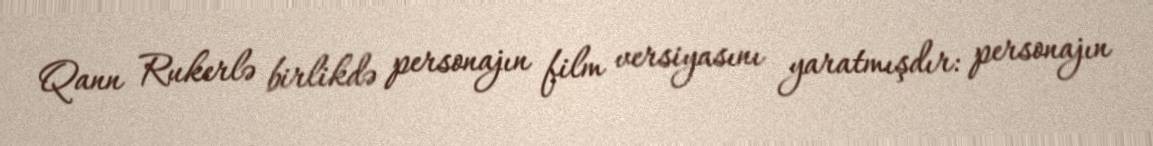
Qann Rukerlə birlikdə personajın film versiyasını yaratmışdır: personajın